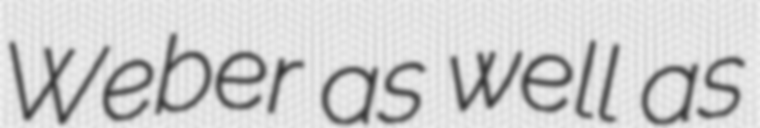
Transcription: Weber as well as